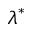
\lambda ^ { * }